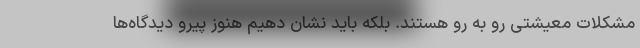
مشکلات معیشتی رو به رو هستند. بلکه باید نشان دهیم هنوز پیرو دیدگاه‌ها